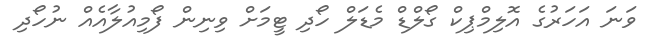
ވަނަ އަހަރުގެ އޮލިމްޕިކް ގޯލްޑް މެޑަލް ހޯދި ޓީމަށް ވިނިން ފޯމިއުލާއެއް ނުހޯދި